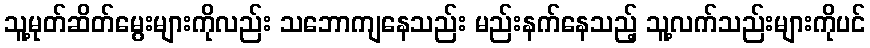
သူ့မုတ်ဆိတ်မွေးများကိုလည်း သဘောကျနေသည်း မည်းနက်နေသည့် သူ့လက်သည်းများကိုပင်